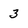
Character: 3